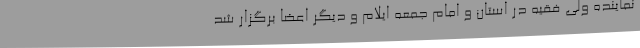
نماینده ولی فقیه در استان و امام جمعه ایلام و دیگر اعضا برگزار شد